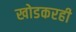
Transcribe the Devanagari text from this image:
खोडकरही